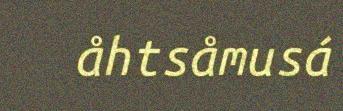
åhtsåmusá